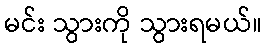
မင်း သွားကို သွားရမယ်။